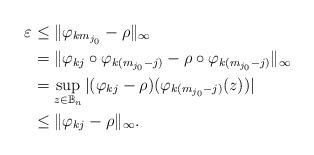
LaTeX: \begin{align*} \varepsilon &\leq \|\varphi_{km_{j_0}}-\rho\|_\infty\\ &=\|\varphi_{kj}\circ \varphi_{k(m_{j_0}-j)}-\rho\circ \varphi_{k(m_{j_0}-j)}\|_\infty\\&=\sup_{z\in \mathbb{B}_n}|(\varphi_{kj}-\rho)( \varphi_{k(m_{j_0}-j)}(z))|\\& \leq \|\varphi_{kj}-\rho\|_\infty. \end{align*}